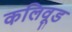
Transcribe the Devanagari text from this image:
कलिवूड